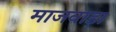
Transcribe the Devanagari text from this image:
माजवाड़ा